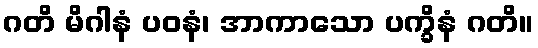
ဂတိ မိဂါနံ ပဝနံ၊ အာကာသော ပက္ခိနံ ဂတိ။